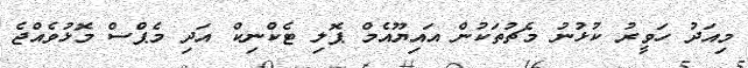
މިއަދު ހަވީރު ކުޅުނު މެޗުތަކުން އައިޔޫއެމް ޕޮލި ޓެކްނިކް އަދި މެޕްސް މޮޅުވެއްޖެ